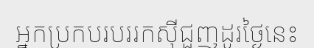
អ្នកប្រកបរបររកស៊ីជួញដូរថ្ងៃនេះ